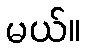
မယ်။